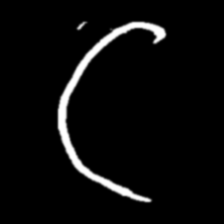
Pyu character \u2014 Myanmar letter: ဋ (romanized: tta)